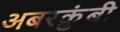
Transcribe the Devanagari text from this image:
अबरक्रुंबी